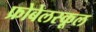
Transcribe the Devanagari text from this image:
फ्रोबेलस्कूल